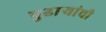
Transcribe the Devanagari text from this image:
पुढार्‍यांची